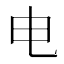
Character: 电